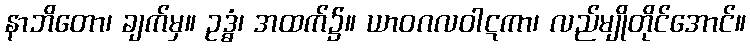
နာဘိတော၊ ချက်မှ။ ဥဒ္ဓံ၊ အထက်၌။ ယာဝဂလဝါဋကာ၊ လည်မျိုတိုင်အောင်။